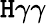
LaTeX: \mathtt{H}\gamma\gamma